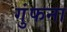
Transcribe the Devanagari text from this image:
गुंफना